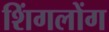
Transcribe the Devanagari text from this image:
शिंगलोंग